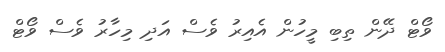
ވޯޓް ދޭން ތިބި މީހުން އެއިރު ވެސް އަދި މިހާރު ވެސް ވޯޓް